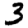
Digit: 3